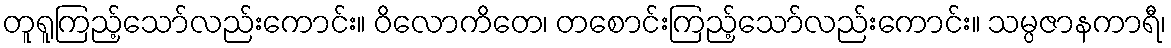
တူရူကြည့်သော်လည်းကောင်း။ ဝိလောကိတေ၊ တစောင်းကြည့်သော်လည်းကောင်း။ သမ္ပဇာနကာရီ၊